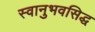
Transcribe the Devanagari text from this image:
स्वानुभवसिद्ध